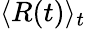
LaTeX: \langle R(t)\rangle_{t}